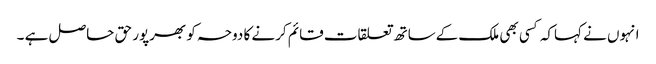
انہوں نے کہاکہ کسی بھی ملک کےساتھ تعلقات قائم کرنے کا دوحہ کو بھرپور حق حاصل ہے ۔